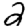
Digit: 2